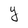
Character: Y